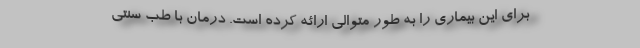
برای این بیماری را به طور متوالی ارائه کرده است. درمان با طب سنتی